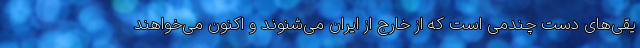
یقی‌های دست چندمی است که از خارج از ایران می‌شنوند و اکنون می‌خواهند